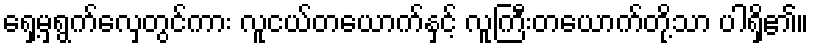
ရှေ့မှရွက်လှေတွင်ကား လူငယ်တယောက်နှင့် လူကြီးတယောက်တို့သာ ပါရှိ၏။